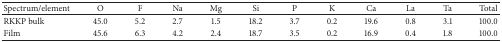
<table><thead><tr><td><b>Spectrum/element</b></td><td><b>O</b></td><td><b>F</b></td><td><b>Na</b></td><td><b>Mg</b></td><td><b>Si</b></td><td><b>P</b></td><td><b>K</b></td><td><b>Ca</b></td><td><b>La</b></td><td><b>Ta</b></td><td><b>Total</b></td></tr></thead><tbody><tr><td>RKKP bulk</td><td>45.0</td><td>5.2</td><td>2.7</td><td>1.5</td><td>18.2</td><td>3.7</td><td>0.2</td><td>19.6</td><td>0.8</td><td>3.1</td><td>100.0</td></tr><tr><td>Film</td><td>45.6</td><td>6.3</td><td>4.2</td><td>2.4</td><td>18.7</td><td>3.5</td><td>0.2</td><td>16.9</td><td>0.4</td><td>1.8</td><td>100.0</td></tr></tbody></table>